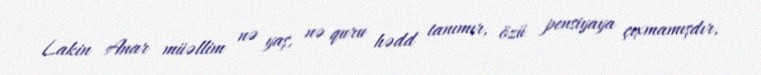
Lakin Anar müəllim nə yaş, nə quru hədd tanımır, özü pensiyaya çıxmamışdır,